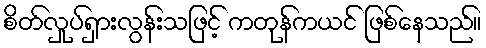
စိတ်လှုပ်ရှားလွန်းသဖြင့် ကတုန်ကယင် ဖြစ်နေသည်။